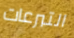
التبرعات